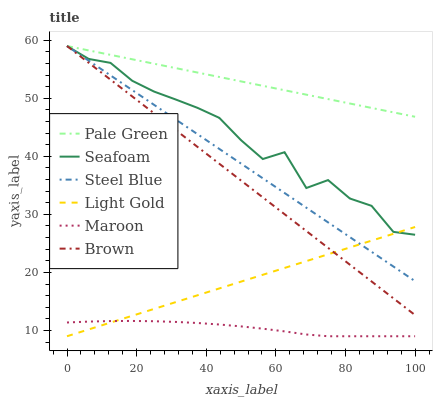
| xaxis_label | Pale Green | Seafoam | Steel Blue | Light Gold | Maroon | Brown |
 | --- | --- | --- | --- | --- | --- | --- |
 | 0 | 59 | 59 | 59 | 9 | 11.4 | 59 |
 | 6.25 | 58.2 | 56.8 | 56.5 | 10.2 | 11.5 | 56.1 |
 | 12.5 | 57.5 | 56.1 | 53.9 | 11.4 | 11.6 | 53.2 |
 | 18.8 | 56.7 | 53 | 51.4 | 12.5 | 11.6 | 50.3 |
 | 25 | 56 | 51.2 | 48.9 | 13.7 | 11.6 | 47.4 |
 | 31.2 | 55.2 | 49.8 | 46.3 | 14.9 | 11.5 | 44.5 |
 | 37.5 | 54.4 | 48.3 | 43.8 | 16.1 | 11.3 | 41.6 |
 | 43.8 | 53.7 | 46.6 | 41.3 | 17.2 | 11 | 38.7 |
 | 50 | 52.9 | 42.8 | 38.7 | 18.4 | 10.7 | 35.8 |
 | 56.2 | 52.1 | 39.5 | 36.2 | 19.6 | 10.3 | 32.9 |
 | 62.5 | 51.4 | 40.7 | 33.7 | 20.8 | 9.84 | 30 |
 | 68.8 | 50.6 | 34.5 | 31.1 | 21.9 | 9.3 | 27.1 |
 | 75 | 49.9 | 35.9 | 28.6 | 23.1 | 9 | 24.2 |
 | 81.2 | 49.1 | 32.7 | 26.1 | 24.3 | 9 | 21.3 |
 | 87.5 | 48.3 | 31.5 | 23.6 | 25.5 | 9 | 18.4 |
 | 93.8 | 47.6 | 27 | 21 | 26.6 | 9 | 15.5 |
 | 100 | 46.8 | 26.5 | 18.5 | 27.8 | 9 | 12.6 |